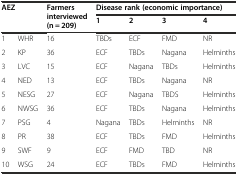
| <ROWSPAN=2-COLSPAN=2> AEZ | <ROWSPAN=2> Farmers interviewed (n = 209) | <COLSPAN=4> Disease rank (economic importance) |
 | 1 | 2 | 3 | 4 |
 | --- | --- | --- | --- | --- | --- | --- |
 | 1 | WHR | 16 | TBDs | ECF | FMD | NR |
 | 2 | KP | 36 | ECF | TBDs | Nagana | Helminths |
 | 3 | LVC | 15 | ECF | Nagana | TBDs | Helminths |
 | 4 | NED | 13 | ECF | TBDs | Nagana | NR |
 | 5 | NESG | 27 | ECF | Nagana | TBDS | Helminths |
 | 6 | NWSG | 36 | ECF | TBDs | Nagana | Helminths |
 | 7 | PSG | 4 | Nagana | TBDs | Helminths | NR |
 | 8 | PR | 38 | ECF | TBDs | FMD | Helminths |
 | 9 | SWF | 9 | ECF | FMD | TBD | NR |
 | 10 | WSG | 24 | ECF | TBDs | FMD | Helminths |